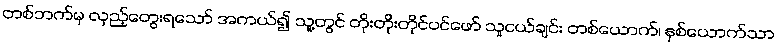
တစ်ဘက်မှ လှည့်တွေးရသော် အကယ်၍ သူ့တွင် တိုးတိုးတိုင်ပင်ဖော် သူငယ်ချင်း တစ်ယောက်၊ နှစ်ယောက်သာ